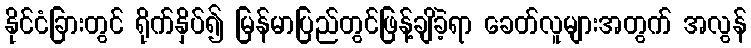
နိုင်ငံခြားတွင် ရိုက်နှိပ်၍ မြန်မာပြည်တွင်ဖြန့်ချိခဲ့ရာ ခေတ်လူများအတွက် အလွန်